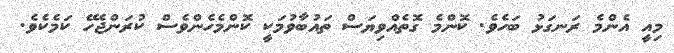
މިއީ އެންމެ ރަނގަޅު ބަހެވެ. ކޮންމެ ގޮތެއްވިޔަސް ތައުބާވުމަކީ ކޮންމެހެންވެސް ކުރަންޖެހޭ ކަމެކެވެ.